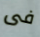
فى